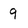
Character: 9